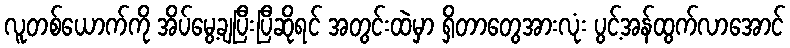
လူတစ်ယောက်ကို အိပ်မွေ့ချပြီးပြီဆိုရင် အတွင်းထဲမှာ ရှိတာတွေအားလုံး ပွင့်အန်ထွက်လာအောင်